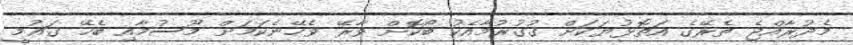
މެދުރާއްޖެ ތެރޭގެ އަތޮޅުޔަކަށް ގުގުރުމާއެކު ބޯކޮށް ވާރޭ ވެހޭނެކަމަށް މޫސުމާއި ބެހޭ ގައުމީ